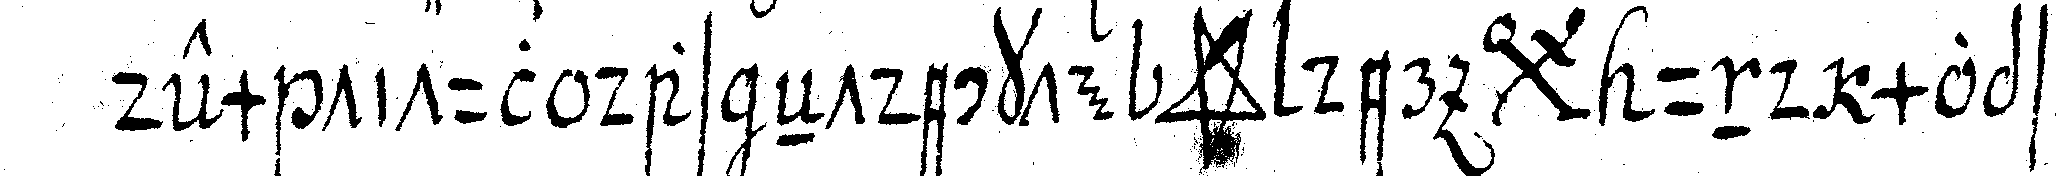
dem titul das eNtdeckte *star* der *bigx* und mopseN